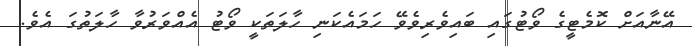
އޭނާއަށް ކޮމެޓީގެ ވޯޓުގައި ބައިވެރިވެވޭ ހަމައެކަނި ހާލަތަކީ ވޯޓު އެއްވަރުވާ ހާލަތުގަ އެވެ.